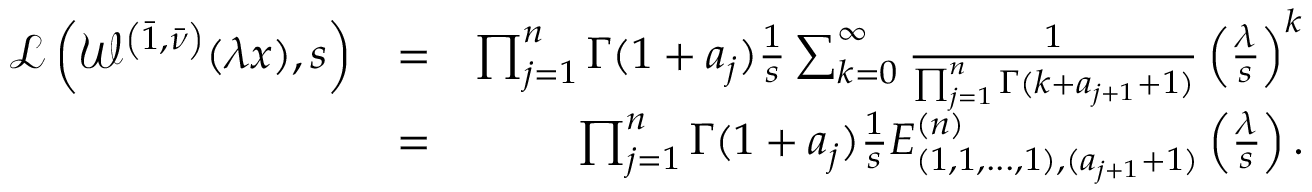
\begin{array} { r l r } { \mathcal { L } \left( \mathcal { W } ^ { \left( \bar { 1 } , \bar { \nu } \right) } ( \lambda x ) , s \right) } & { = } & { \prod _ { j = 1 } ^ { n } \Gamma ( 1 + a _ { j } ) \frac { 1 } { s } \sum _ { k = 0 } ^ { \infty } \frac { 1 } { \prod _ { j = 1 } ^ { n } \Gamma ( k + a _ { j + 1 } + 1 ) } \left( \frac { \lambda } { s } \right) ^ { k } } \\ & { = } & { \prod _ { j = 1 } ^ { n } \Gamma ( 1 + a _ { j } ) \frac { 1 } { s } E _ { ( 1 , 1 , . . . , 1 ) , ( a _ { j + 1 } + 1 ) } ^ { ( n ) } \left( \frac { \lambda } { s } \right) . } \end{array}